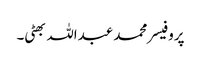
پروفیسر محمد عبداللہ بھٹی۔